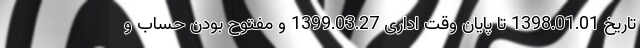
تاریخ 1398.01.01 تا پایان وقت اداری 1399.03.27 و مفتوح بودن حساب و